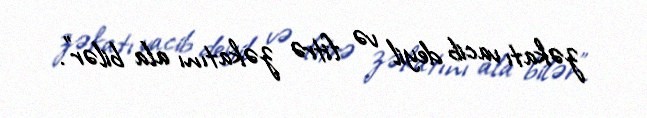
zəkatı vacib deyil və fitrə zəkatını ala bilər”.